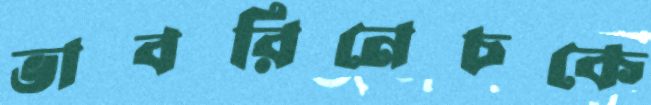
ভাবরিনেচকে